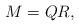
LaTeX: \begin{align*}M &= QR,\end{align*}